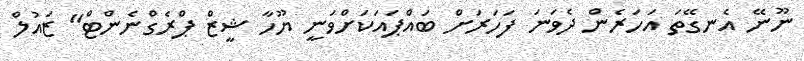
ނޫނޭ އެނގޭތަ އަހަރެން ދެވަނަ ފަހަރަށް ބައްޕައަކަށްވަނީ ޔޫހާ ޝީޒް ޕްރެގްނެންޓް" ޒައުލް